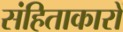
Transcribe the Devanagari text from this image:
संहिताकारों